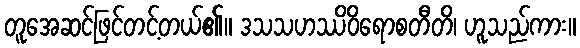
တူအေဆင်ဖြင်တင့်တယ်၏။ ဒသသဟဿိဝိရောစတီတိ၊ ဟူသည်ကား။